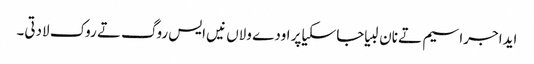
ایدا جراسیم تے نان لبیا جاسکیا پر اودے ولاں نیں ایس روگ تے روک لادتی۔